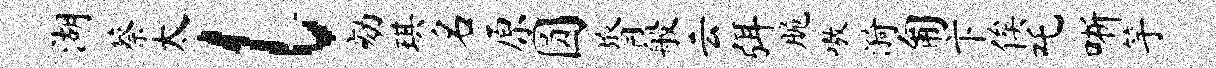
湖蔡太l劾琪名原圆膂般云弭脆嗷漪匍卞俟吒晰竽